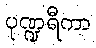
ပုဏ္ဍရီကာ